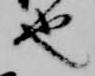
也